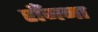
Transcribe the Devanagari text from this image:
राँजना